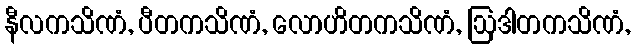
နီလကသိဏံ, ပီတကသိဏံ, လောဟိတကသိဏံ, ဩဒါတကသိဏံ,